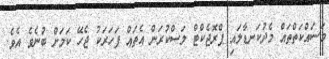
މަސައްކަތްތައް މެދުކަނޑާލައި ޕްރޮޖެކްޓް ލަސްކުރަން އެތައް ފަހަރަކު ޖެހޭ ކަމަށް ބުނެވެ އެވެ.